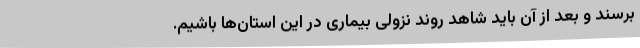
برسند و بعد از آن باید شاهد روند نزولی بیماری در این استان‌ها باشیم.